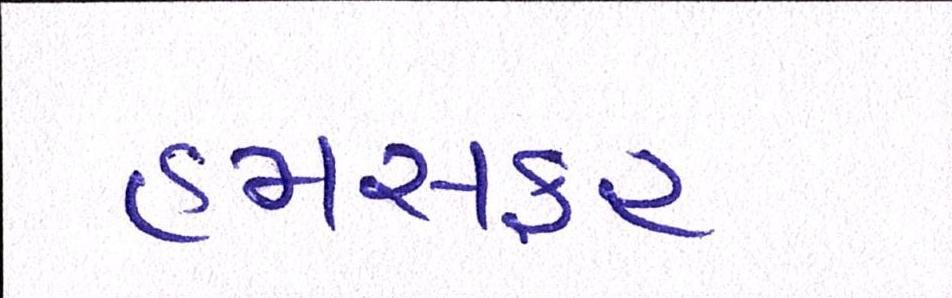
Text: હમસફર